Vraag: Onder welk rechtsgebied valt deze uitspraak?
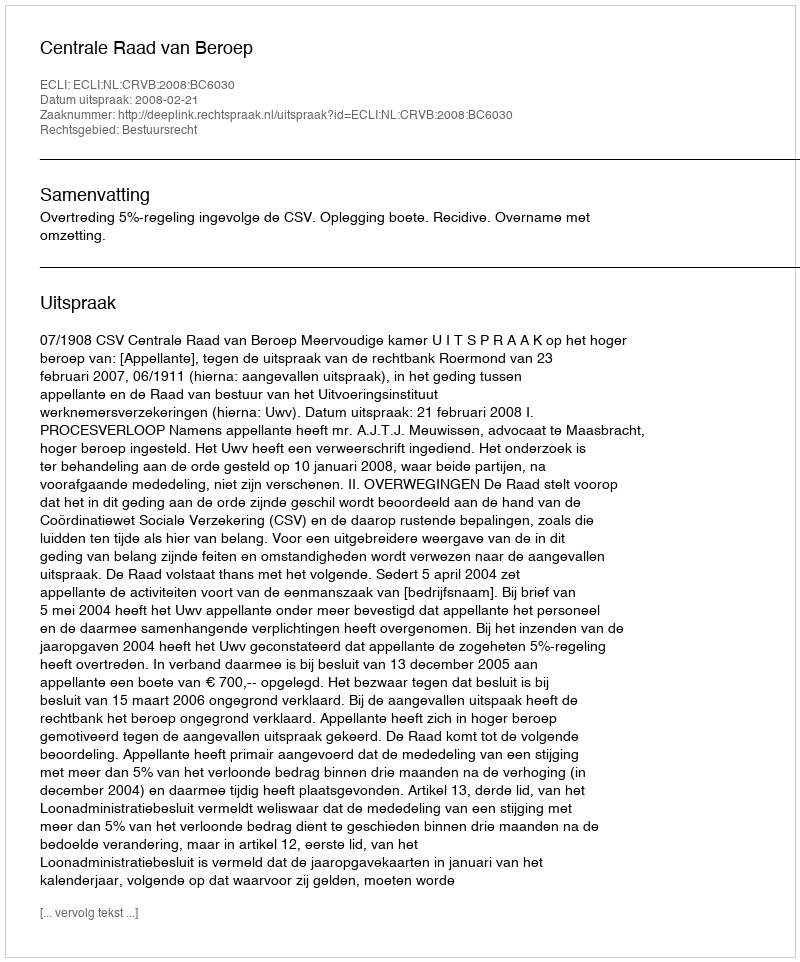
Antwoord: Bestuursrecht